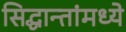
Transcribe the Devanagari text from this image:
सिद्धान्तांमध्ये